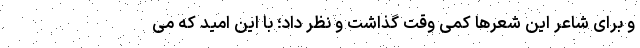
و برای شاعرِ این شعرها کمی وقت گذاشت و نظر داد؛ با این امید که می